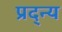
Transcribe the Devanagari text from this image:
प्रद्न्य